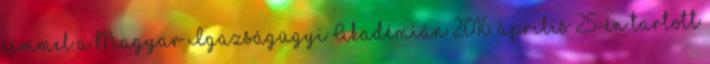
címmel a Magyar Igazságügyi Akadémián 2016. április 25-én tartott